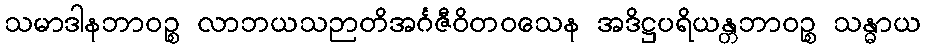
သမာဒါနဘာဝဉ္စ လာဘယသဉာတိအင်္ဂဇီဝိတဝသေန အဒိဋ္ဌပရိယန္တဘာဝဉ္စ သန္ဓာယ